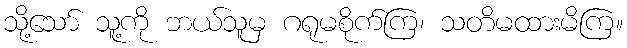
သို့သော် သူ့ကို ဘယ်သူမှ ဂရုမစိုက်ကြ၊ သတိမထားမိကြ။